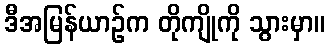
ဒီအမြန်ယာဉ်က တိုကျိုကို သွားမှာ။